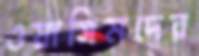
ওয়াসিমদের